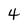
Character: 4